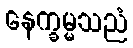
နေက္ခမ္မသညံ